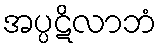
အပ္ပဋိလာဘံ